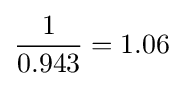
{\frac {1}{0.943}}=1.06